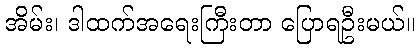
အိမ်း၊ ဒါထက်အရေးကြီးတာ ပြောရဦးမယ်။